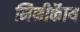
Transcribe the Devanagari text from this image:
मिनीकॅाय